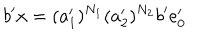
b ^ { \prime } x = ( a _ { 1 } ^ { \prime } ) ^ { N _ { 1 } } ( a _ { 2 } ^ { \prime } ) ^ { N _ { 2 } } b ^ { \prime } e _ { 0 } ^ { \prime }